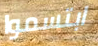
ابتسموا